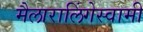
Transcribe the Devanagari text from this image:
मैलारालिंगेस्वामी